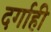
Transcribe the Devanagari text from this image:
दर्गाही